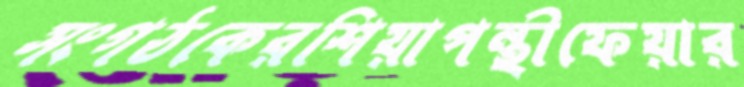
সংগঠকেরশিয়াপন্থীফেয়ার